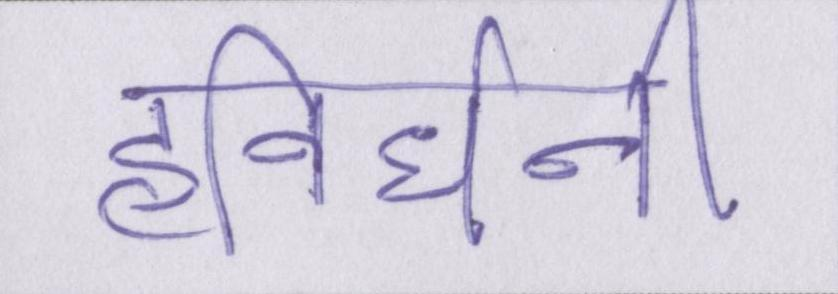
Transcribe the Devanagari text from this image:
हविर्धनी